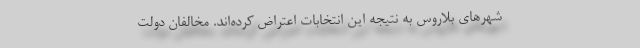
شهرهای بلاروس به نتیجه این انتخابات اعتراض کرده‌اند. مخالفان دولت